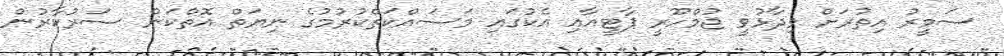
ސަމީރު އިތުރަށް ވިދާޅުވީ ޖުމްހޫރީ ޕާޓީއާއި އެކުގައި މަސައްކަތްކުރުމުގެ ނިޔަތް އޮތްކަން ސަރުކާރުން